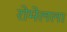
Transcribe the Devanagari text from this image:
रोमेलला